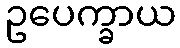
ဥပေက္ခာယ